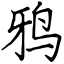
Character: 鸦